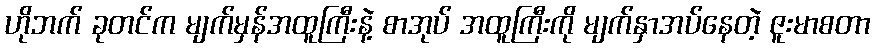
ဟိုဘက် ခုတင်က မျက်မှန်အထူကြီးနဲ့ စာအုပ် အထူကြီးကို မျက်နှာအပ်နေတဲ့ ဇူးမာစတာ